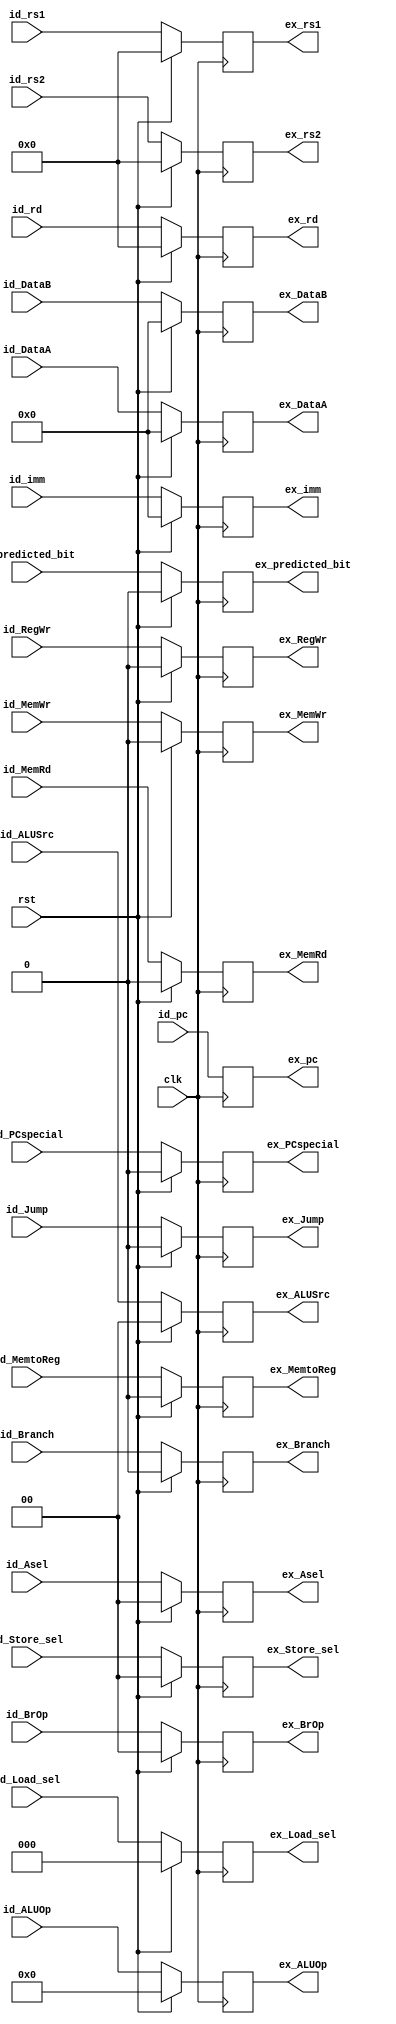
module Reg_ID_EX (
  //Input 
  input  wire        clk         ,
  input  wire        rst         ,
  //input  wire [31:0] id_inst     ,  // output of reg IF/ID
  input  wire [31:0] id_pc       ,  // output of reg IF/ID
  input  wire [31:0] id_DataA    ,  // output of Register File: readdata1
  input  wire [31:0] id_DataB    ,  // output of Register File: readdata2
  input  wire [4:0]  id_rd       ,  // output of Instruction Decode
  input  wire [4:0]  id_rs1      ,  // output of Instruction Decode
  input  wire [4:0]  id_rs2      ,  // output of Instruction Decode
  //input       [2:0]  id_type     ,  // output of Instruction Decode
  input              id_Branch   ,  // output of Control Unit to notify B-type instruction
  input              id_Jump     ,  // output of Control Unit to notify J-type instruction
  input              id_PCspecial,  // output of Control Unit to notify jalr instruction
  input       [1:0]  id_ALUSrc   ,  // output of Control Unit to select 2nd operand of ALU
  input       [1:0]  id_Asel     ,  // output of Control Unit to select 1st operand of ALU
  input              id_MemRd    ,  // output of Control Unit to read from DataMem
  input              id_MemWr    ,  // output of Control Unit to write to DataMem
  input              id_RegWr    ,  // output of Control Unit to write to Register File
  input              id_MemtoReg ,  // output of Control Unit to control Mux after DataMem
  input       [3:0]  id_ALUOp    ,  // output of Control Unit to select ALU
  input       [1:0]  id_BrOp     ,  // output of Control Unit to select type of Branch
  input       [2:0]  id_Load_sel ,  // output of Control Unit to select type of Load
  input       [1:0]  id_Store_sel,  // output of Control Unit to select type of Store
  input       [31:0] id_imm      ,  // output of ImmGen
  input              id_predicted_bit,
  //output                       
  //output reg  [31:0] ex_inst     ,
  output reg  [31:0] ex_pc       ,
  output reg  [31:0] ex_DataA    ,
  output reg  [31:0] ex_DataB    ,
  output reg  [4:0]  ex_rd       ,
  output reg  [4:0]  ex_rs1      ,
  output reg  [4:0]  ex_rs2      ,
  //output reg  [2:0]  ex_type     ,
  output reg         ex_Branch   ,
  output reg         ex_Jump     ,
  output reg         ex_PCspecial,
  output reg  [1:0]  ex_ALUSrc   ,
  output reg  [1:0]  ex_Asel     ,
  output reg         ex_MemRd    ,
  output reg         ex_MemWr    ,
  output reg         ex_RegWr    ,
  output reg         ex_MemtoReg , 
  output reg  [3:0]  ex_ALUOp    ,
  output reg  [1:0]  ex_BrOp     , 
  output reg  [2:0]  ex_Load_sel , 
  output reg  [1:0]  ex_Store_sel,
  output reg  [31:0] ex_imm,     
  output reg         ex_predicted_bit
);

  always @ (negedge clk) begin
    if (rst) begin
      //ex_inst   	 <= 0;
      ex_pc  	 	 <= id_pc;
      ex_DataA  	 <= 0;
      ex_DataB  	 <= 0;
      ex_rd 	 	 <= 0;
      ex_rs1  	 <= 0;
      ex_rs2  	 <= 0;
      //ex_type    <= 0;
		ex_Branch 	 <= 0;
		ex_Jump		 <= 0;
		ex_PCspecial <= 0;
		ex_ALUSrc 	 <= 0;
		ex_Asel      <= 0;
      ex_MemRd  	 <= 0;
		ex_MemWr  	 <= 0;
      ex_RegWr  	 <= 0;
      ex_MemtoReg  <= 0;
      ex_ALUOp     <= 0;
      ex_BrOp		 <= 0;
		ex_Load_sel  <= 0;
		ex_Store_sel <= 0;
		ex_imm 		 <= 0;
		ex_predicted_bit <= 0;
    end else begin
      //ex_inst   	 <= id_inst;
      ex_pc  	 	 <= id_pc;
      ex_DataA  	 <= id_DataA;
      ex_DataB  	 <= id_DataB;
      ex_rd 	 	 <= id_rd;
      ex_rs1  	 <= id_rs1;
      ex_rs2  	 <= id_rs2;
      //ex_type    <= id_type;
		ex_Branch 	 <= id_Branch;
		ex_Jump		 <= id_Jump;
		ex_PCspecial <= id_PCspecial;
		ex_ALUSrc 	 <= id_ALUSrc;
		ex_Asel		 <= id_Asel;
      ex_MemRd  	 <= id_MemRd;
		ex_MemWr  	 <= id_MemWr;
      ex_RegWr  	 <= id_RegWr;
      ex_MemtoReg  <= id_MemtoReg;
      ex_ALUOp     <= id_ALUOp;
      ex_BrOp		 <= id_BrOp;
		ex_Load_sel  <= id_Load_sel;
		ex_Store_sel <= id_Store_sel;
		ex_imm 		 <= id_imm;
		ex_predicted_bit <= id_predicted_bit;
    end
  end
endmodule